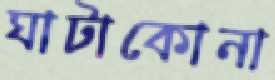
ঘাটাকোনা